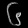
Digit: ၆